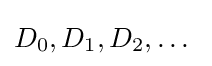
D_{0},D_{1},D_{2},\dots \